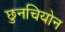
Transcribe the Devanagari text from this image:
छुनचियोन